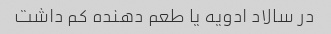
در سالاد ادویه یا طعم دهنده کم داشت